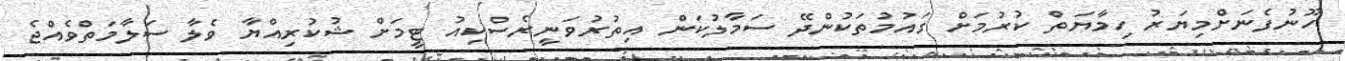
ހޫނުފެނަށްމިޔަރު ހިމާޔަތް ކުރުމަށް ގައުމުތަކުންދޭ ސަމާލުކަން އިތުރުވަނީރެސްކިއު ޓީމަށް ޝުކުރިއްޔާ ވެލާ ސަލާމަތްވެއްޖެ